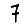
Digit: 7